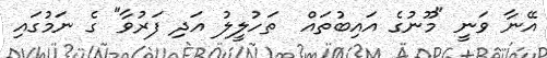
އޭނާ ވަނީ "މޫނުގެ އައިބުތައް  ތަހުލީލު އަދި ފަރުވާ" ގެ ނަމުގައި